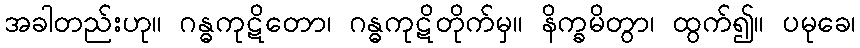
အခါတည်းဟု။ ဂန္ဓကုဋိတော၊ ဂန္ဓကုဋိတိုက်မှ။ နိက္ခမိတွာ၊ ထွက်၍။ ပမုခေ၊